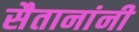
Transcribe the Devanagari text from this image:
सैतानांनी